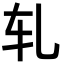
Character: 轧